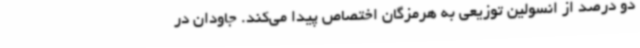
دو درصد از انسولین توزیعی به هرمزگان اختصاص پیدا می‌کند. جاودان در